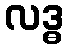
လဒ္ဓ